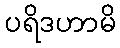
ပရိဒဟာမိ